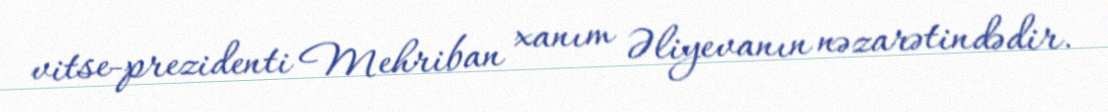
vitse-prezidenti Mehriban xanım Əliyevanın nəzarətindədir.